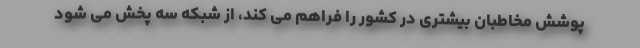
پوشش مخاطبان بیشتری در کشور را فراهم می کند، از شبکه سه پخش می شود